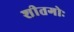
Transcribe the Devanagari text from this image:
शीतगोः